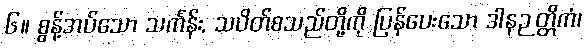
၆။ စွန့်အပ်သော သင်္ကန်း, သပိတ်စသည်တို့ကို ပြန်ပေးသော ဒါနဉတ္တိကံ၊